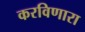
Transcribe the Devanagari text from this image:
करविणारा